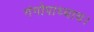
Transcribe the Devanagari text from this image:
गंगोपाध्याय।